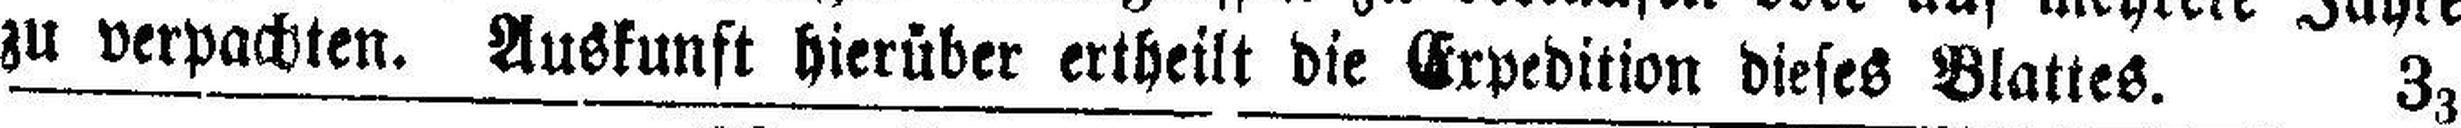
zu verpachten. Auskunft hierüber ertheilt die Expedition dieses Blattes. 33